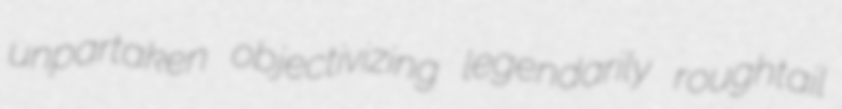
unpartaken objectivizing legendarily roughtail